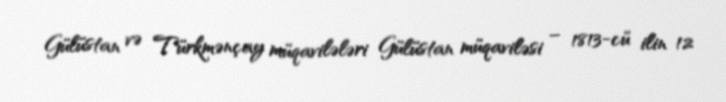
Gülüstan və Türkmənçay müqavilələri Gülüstan müqaviləsi – 1813-cü ilin 12